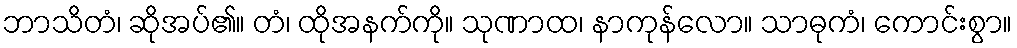
ဘာသိတံ၊ ဆိုအပ်၏။ တံ၊ ထိုအနက်ကို။ သုဏာထ၊ နာကုန်လော။ သာဓုကံ၊ ကောင်းစွာ။